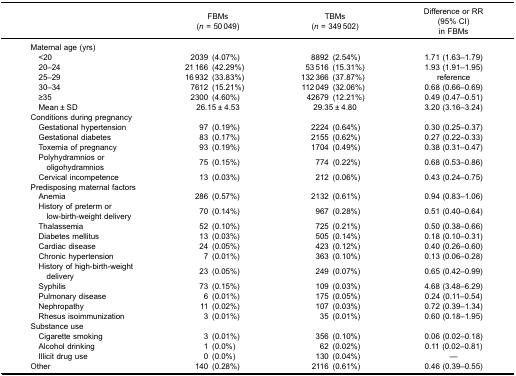
<table><thead><tr><td><b> </b></td><td colspan="2"><b>FBMs (<i>n</i> = 50 049)</b></td><td colspan="2"><b>TBMs (<i>n</i> = 349 502)</b></td><td><b>Difference or RR (95% CI) in FBMs</b></td></tr></thead><tbody><tr><td>Maternal age (yrs)</td><td> </td><td> </td><td> </td><td> </td><td> </td></tr><tr><td>​ &lt;20</td><td>2039</td><td>(4.07%)</td><td>8892</td><td>(2.54%)</td><td>1.71 (1.63–1.79)</td></tr><tr><td>​ 20–24</td><td>21 166</td><td>(42.29%)</td><td>53 516</td><td>(15.31%)</td><td>1.93 (1.91–1.95)</td></tr><tr><td>​ 25–29</td><td>16 932</td><td>(33.83%)</td><td>132 366</td><td>(37.87%)</td><td>reference</td></tr><tr><td>​ 30–34</td><td>7612</td><td>(15.21%)</td><td>112 049</td><td>(32.06%)</td><td>0.68 (0.66–0.69)</td></tr><tr><td>​ ≥35</td><td>2300</td><td>(4.60%)</td><td>42679</td><td>(12.21%)</td><td>0.49 (0.47–0.51)</td></tr><tr><td>​ Mean ± SD</td><td colspan="2">26.15 ± 4.53</td><td colspan="2">29.35 ± 4.80</td><td>3.20 (3.16–3.24)</td></tr><tr><td>Conditions during pregnancy</td><td> </td><td> </td><td> </td><td> </td><td> </td></tr><tr><td>​ Gestational hypertension</td><td>97</td><td>(0.19%)</td><td>2224</td><td>(0.64%)</td><td>0.30 (0.25–0.37)</td></tr><tr><td>​ Gestational diabetes</td><td>83</td><td>(0.17%)</td><td>2155</td><td>(0.62%)</td><td>0.27 (0.22–0.33)</td></tr><tr><td>​ Toxemia of pregnancy</td><td>93</td><td>(0.19%)</td><td>1704</td><td>(0.49%)</td><td>0.38 (0.31–0.47)</td></tr><tr><td>​ Polyhydramnios or ​ ​ oligohydramnios</td><td>75</td><td>(0.15%)</td><td>774</td><td>(0.22%)</td><td>0.68 (0.53–0.86)</td></tr><tr><td>​ Cervical incompetence</td><td>13</td><td>(0.03%)</td><td>212</td><td>(0.06%)</td><td>0.43 (0.24–0.75)</td></tr><tr><td>Predisposing maternal factors</td><td> </td><td> </td><td> </td><td> </td><td> </td></tr><tr><td>​ Anemia</td><td>286</td><td>(0.57%)</td><td>2132</td><td>(0.61%)</td><td>0.94 (0.83–1.06)</td></tr><tr><td>​ History of preterm or ​ ​ low-birth-weight delivery</td><td>70</td><td>(0.14%)</td><td>967</td><td>(0.28%)</td><td>0.51 (0.40–0.64)</td></tr><tr><td>​ Thalassemia</td><td>52</td><td>(0.10%)</td><td>725</td><td>(0.21%)</td><td>0.50 (0.38–0.66)</td></tr><tr><td>​ Diabetes mellitus</td><td>13</td><td>(0.03%)</td><td>505</td><td>(0.14%)</td><td>0.18 (0.10–0.31)</td></tr><tr><td>​ Cardiac disease</td><td>24</td><td>(0.05%)</td><td>423</td><td>(0.12%)</td><td>0.40 (0.26–0.60)</td></tr><tr><td>​ Chronic hypertension</td><td>7</td><td>(0.01%)</td><td>363</td><td>(0.10%)</td><td>0.13 (0.06–0.28)</td></tr><tr><td>​ History of high-birth-weight ​ ​ delivery</td><td>23</td><td>(0.05%)</td><td>249</td><td>(0.07%)</td><td>0.65 (0.42–0.99)</td></tr><tr><td>​ Syphilis</td><td>73</td><td>(0.15%)</td><td>109</td><td>(0.03%)</td><td>4.68 (3.48–6.29)</td></tr><tr><td>​ Pulmonary disease</td><td>6</td><td>(0.01%)</td><td>175</td><td>(0.05%)</td><td>0.24 (0.11–0.54)</td></tr><tr><td>​ Nephropathy</td><td>11</td><td>(0.02%)</td><td>107</td><td>(0.03%)</td><td>0.72 (0.39–1.34)</td></tr><tr><td>​ Rhesus isoimmunization</td><td>3</td><td>(0.01%)</td><td>35</td><td>(0.01%)</td><td>0.60 (0.18–1.95)</td></tr><tr><td>Substance use</td><td> </td><td> </td><td> </td><td> </td><td> </td></tr><tr><td>​ Cigarette smoking</td><td>3</td><td>(0.01%)</td><td>356</td><td>(0.10%)</td><td>0.06 (0.02–0.18)</td></tr><tr><td>​ Alcohol drinking</td><td>1</td><td>(0.0%)</td><td>62</td><td>(0.02%)</td><td>0.11 (0.02–0.81)</td></tr><tr><td>​ Illicit drug use</td><td>0</td><td>(0.0%)</td><td>130</td><td>(0.04%)</td><td>—</td></tr><tr><td>Other</td><td>140</td><td>(0.28%)</td><td>2116</td><td>(0.61%)</td><td>0.46 (0.39–0.55)</td></tr></tbody></table>